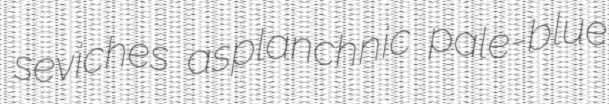
seviches asplanchnic pale-blue